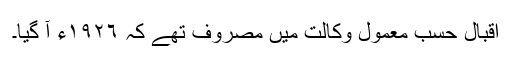
اقبال حسبِ معمول وکالت میں مصروف تھے کہ ١٩٢٦ء آ گیا۔